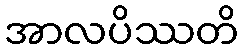
အာလပိဿတိ